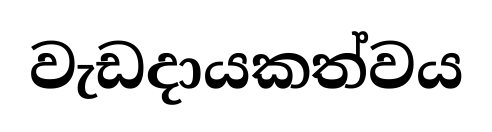
වැඩදායකත්වය